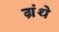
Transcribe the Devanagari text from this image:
ग्रंथे